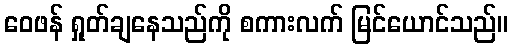
ဝေဖန် ရှုတ်ချနေသည်ကို စကားလက် မြင်ယောင်သည်။